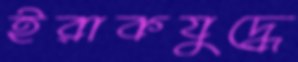
ইরাকযুদ্ধে